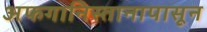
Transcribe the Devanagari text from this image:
अफगानिस्तानापासून